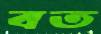
বত